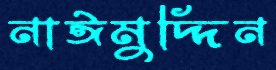
নাঈমুদ্দিন